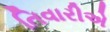
તિવારીએ